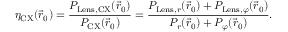
\eta _ { \mathrm { C X } } ( \vec { r } _ { 0 } ) = \frac { P _ { \mathrm { L e n s , C X } } ( \vec { r } _ { 0 } ) } { P _ { \mathrm { C X } } ( \vec { r } _ { 0 } ) } = \frac { P _ { \mathrm { L e n s } , r } ( \vec { r } _ { 0 } ) + P _ { \mathrm { L e n s } , \varphi } ( \vec { r } _ { 0 } ) } { P _ { r } ( \vec { r } _ { 0 } ) + P _ { \varphi } ( \vec { r } _ { 0 } ) } .